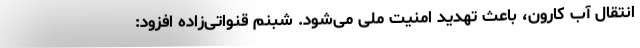
انتقال آب کارون، باعث تهدید امنیت ملی می‌شود. شبنم قنواتی‌زاده افزود: